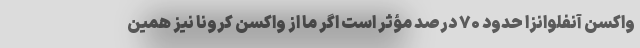
واکسن آنفلوانزا حدود ۷۰ درصد مؤثر است اگر ما از واکسن کرونا نیز همین